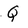
Character: Q